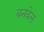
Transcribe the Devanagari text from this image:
बनवेल